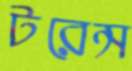
টরেন্স